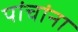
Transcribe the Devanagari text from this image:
पांचांना